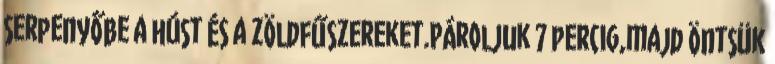
serpenyőbe a húst és a zöldfűszereket.Pároljuk 7 percig,majd öntsük